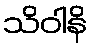
သိဝါနိ